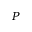
P